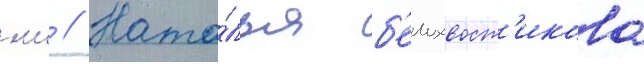
мл // Ната́лья б'елохвост'икова